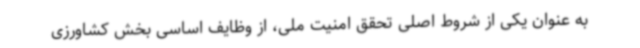
به عنوان یکی از شروط اصلی تحقق امنیت ملی، از وظایف اساسی بخش کشاورزی